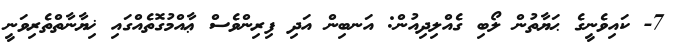
7- ކައިވެނީގެ ޙަޔާތުން ލޯބި ގެއްލިދިއުން: އަނބިން އަދި ފިރިންވެސް ޢާއްމުގޮތެއްގައި ޚިޔާނާތްތެރިވަނީ